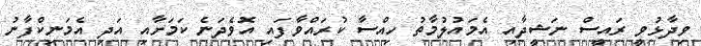
ވިދާޅުވީ ރައީސް ނަޝީދާއި އެމައުލުމާތު ހިއްސާ ކުރައްވާފައި އޮވެދަނެ ކަމަށާއި އަދި އެމަނިކްފާނު